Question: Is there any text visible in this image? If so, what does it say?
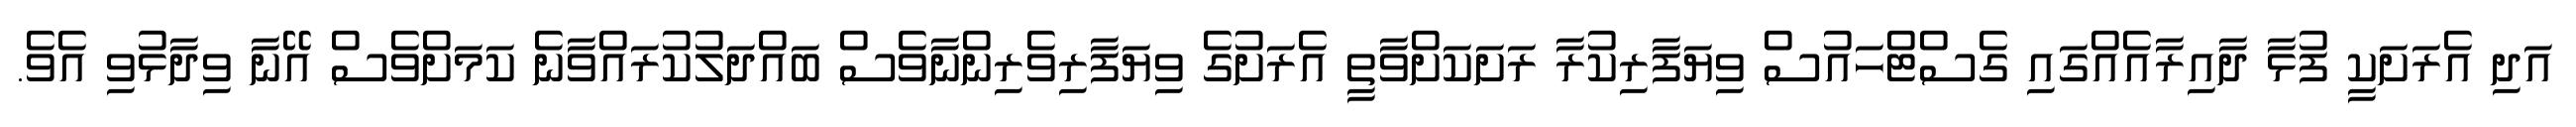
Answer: އަދި އެރަށަކީ ފުޅާ ދާއިރާއެއްގައި ގެސްޓްހައުސް ވިޔަފާރިކުރާ ރަށަކަށްވާތީ އެރަށުގެ ވިޔަފާރިވެރިންނާވެސް ބައްދަލުކުރައްވާނެ ކަމަށްވެސް އޭނާ ވިދާޅުވި އެވެ.